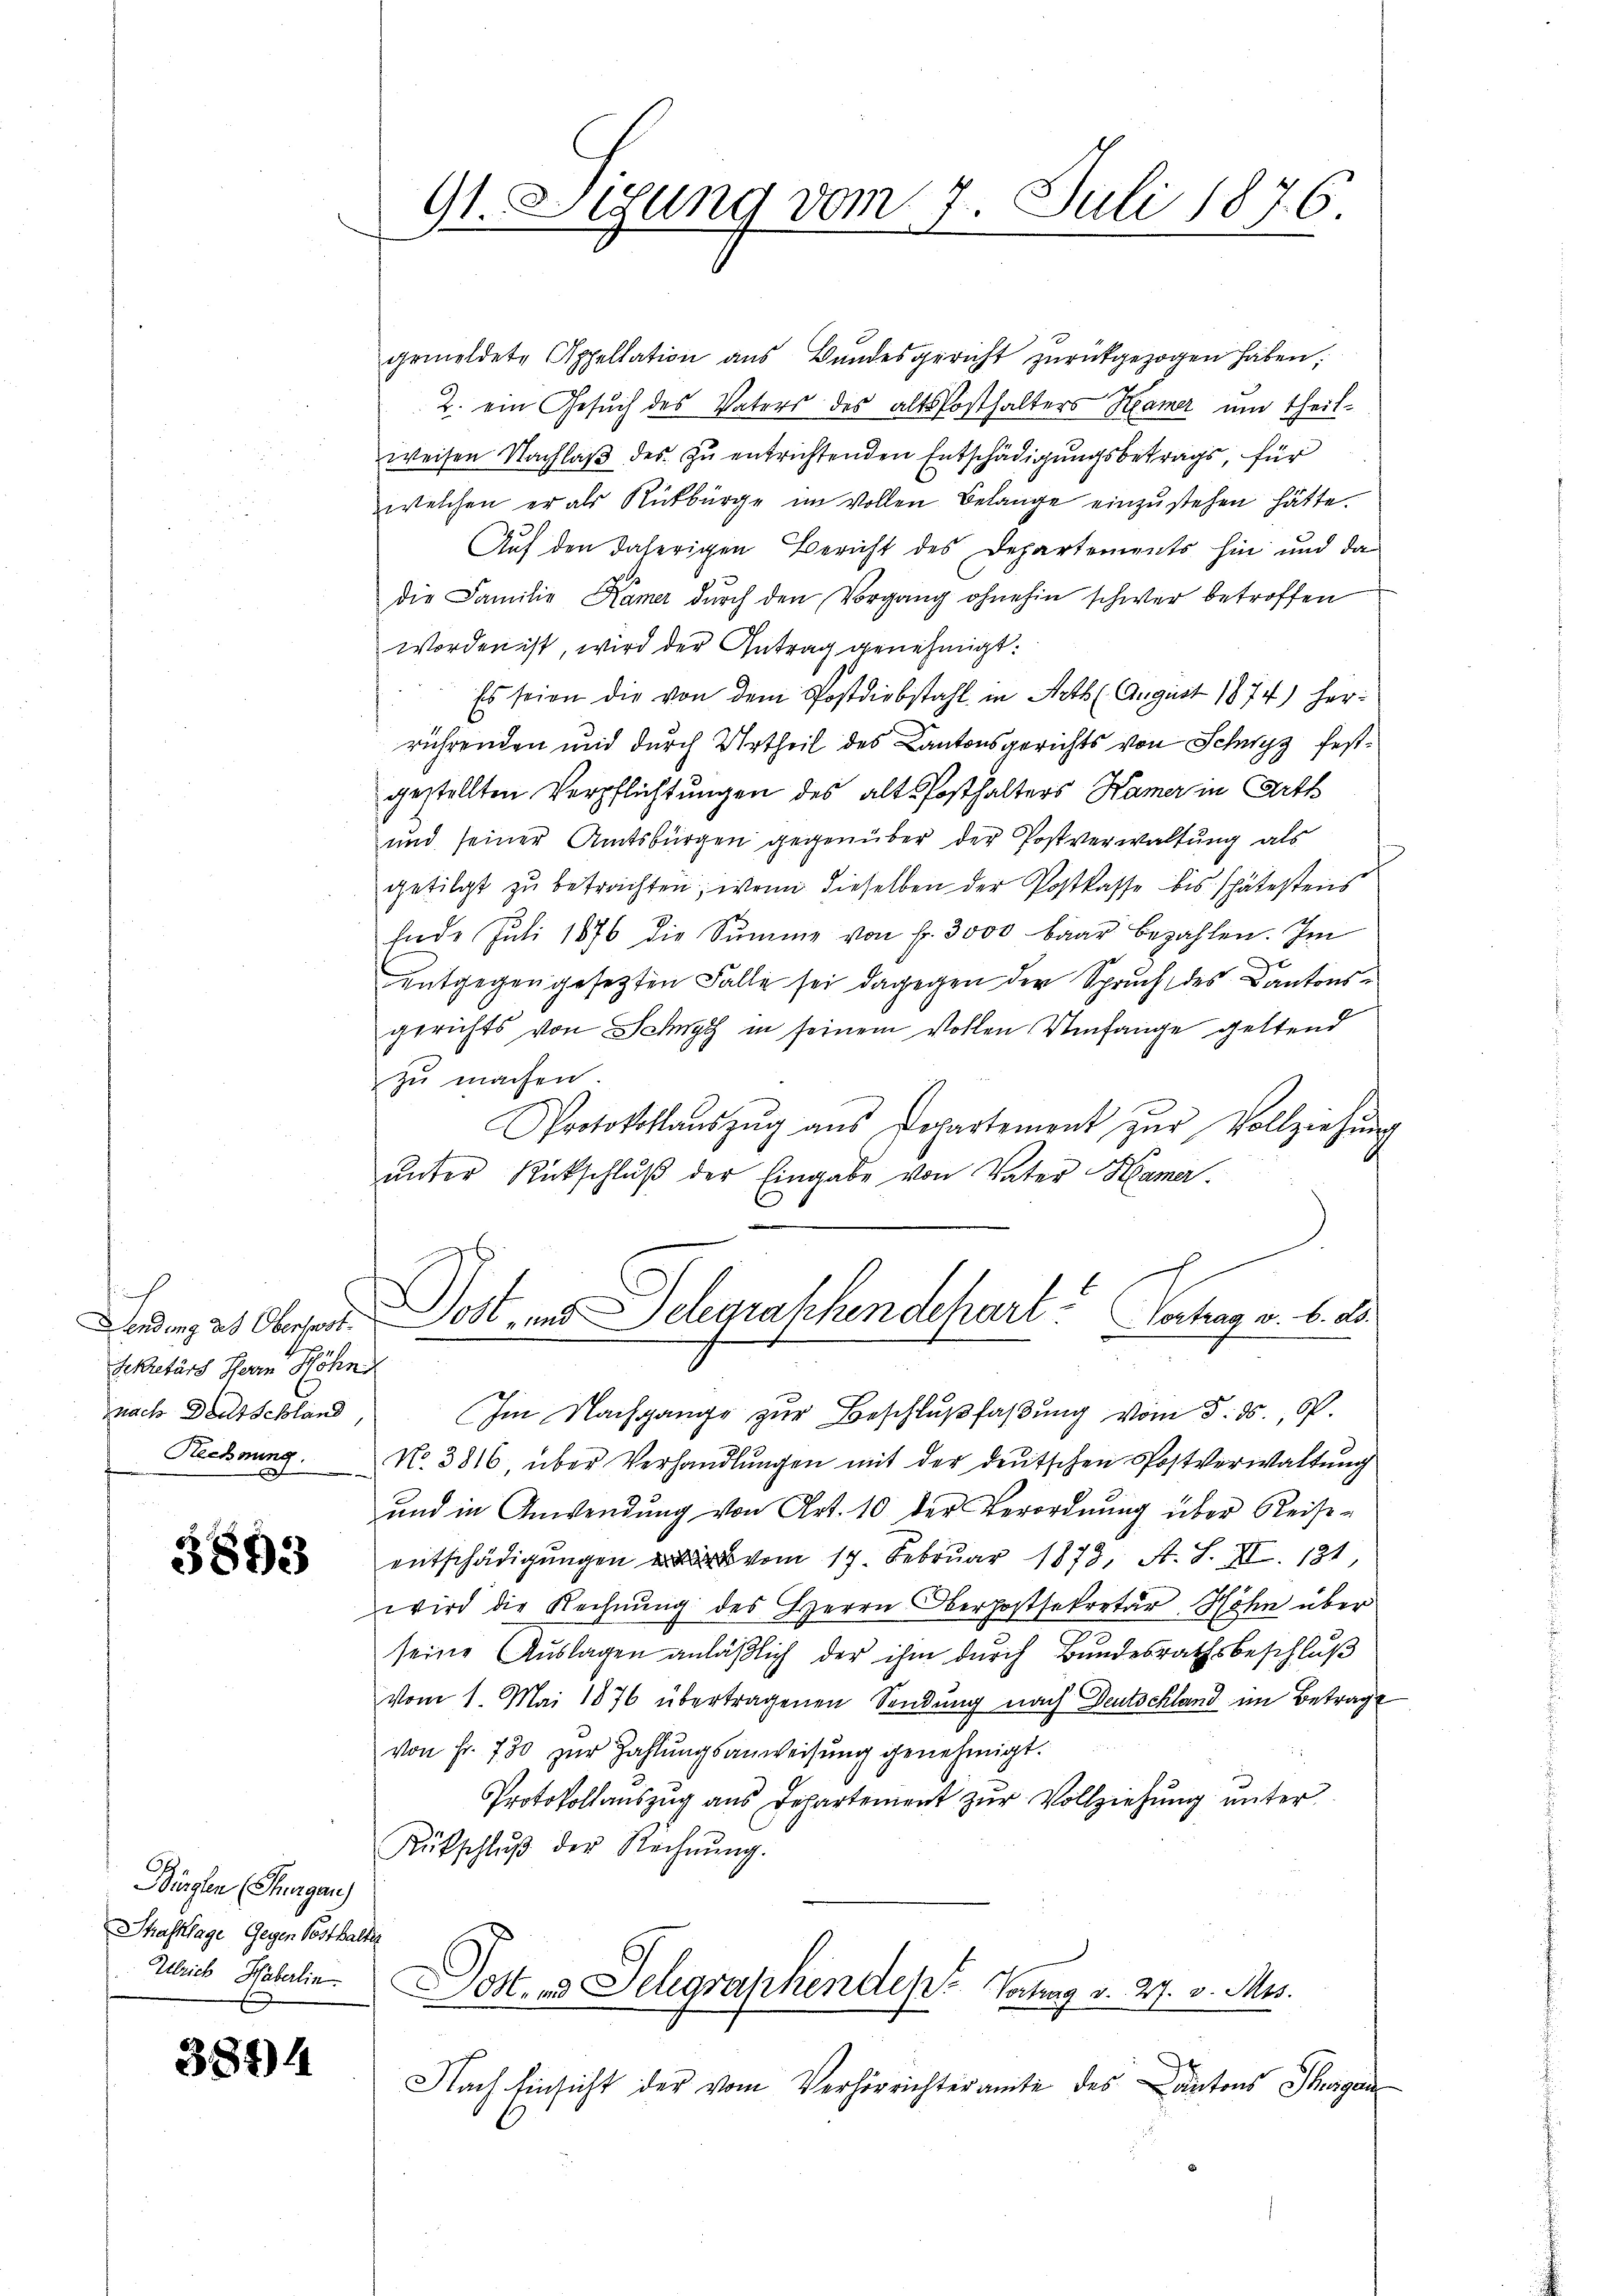
Lendung des Oberhart.
Sekretärs Herrn Höhn
nach Deutschland
Rechnung.

3893

Birgten (Thurgau)
Strafklage Gegen Posthalter
Ulrich Häberlin.

3874

91. Sigung vom 7. Juli 1876.

gemeldete Appellation aŭs Bŭndesgericht zŭrückgezogen haben;
2. ein Gesuch des Vaters des altskosthalters Hamer und theilweisen Nachlaβ des zu entrichtenden Entschädigungsbetrags, für
welchen er als Rückbürge im Vollen Belange einzŭstehen hätte.
25
Auf den daherigen Bericht des Departements hin und da
die Familie Kamer durch den Vorgang ohnehin schwer betroffen
worden ist, wird der Antrag genehmigt:
 Es seien die von dem Postdiebstahl in Art. August 1874) herrührenden und durch Urtheil des Kantonsgerichts von Schwyz festgestellten Verpflichtungen des alt Posthalters Hamer in Arth
und seiner Amtsbürgen gegenüber der Postverwaltung als
getilgt zu betrachten, wenn dieselben der Postkasse bis spätestens
Ende Juli 1876 die Summe von fr. 3000 baar bezahlen. Im
entgegengesetzten Falle sei dagegen der Spruch des Kantonsgerichts von Schwyz in seinem Vollen Umfange geltend
zu machen.
Protokollaŭszŭg aŭs Departement zŭr Vollziehŭng
ŭnter Rückschluß der Eingabe von Vater Hama.
ost, und Delegraphendepart. Vertrag v. 6. d.
11
Im Nachgange zŭr Beschlŭβfaβŭng vom 5. ds. 19.
No. 3816 über Verhandlungen mit der deutschen Postverwaltung
und in Anwendung von Art. 10 der Verordnung über Reise-
entschädigŭngen vom 17. Februar 1873, A. S. XI. 131,
wird die Rechnung des Herrn Oberpostsekretär Höhn über
seine Auslagen anläßlich der ihm durch Bundesrathsbeschluß
vom 1. Mai 1876 übertragenen Sendung nach Deutschland im Betragt
von Fr. 780 zur Zahlungsanweisung genehmigt.
Protokollauszug aus Departement zŭr Vollziehung unter
Rütschlŭβ der Rechnŭng.
O. u. Telegraphendes Vortrag v. 27. v. Mts.
Nach Einsicht der vom Verhörrichteramte des Antons Thurgau